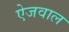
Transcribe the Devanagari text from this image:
ऐजवाल